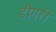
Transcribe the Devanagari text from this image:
डीगरी